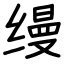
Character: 缦